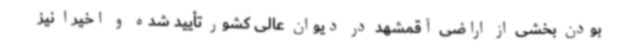
بودن بخشی از اراضی آقمشهد در دیوان عالی کشور تأیید شده و اخیراً نیز